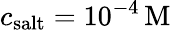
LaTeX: c_{\mathrm{salt}}=10^{-4}\, \mathrm{M}